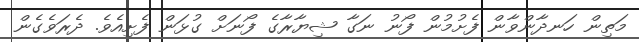
މަތިން ހަނދާންވާން ފެށުމުން ފޯނު ނަގާ ޝިޔާރާގެ ފޯނަށް ގުޅަން ފެށިއެވެ. ދެރަވެގެން